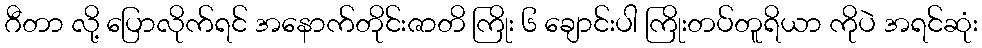
ဂီတာ လို့ ပြောလိုက်ရင် အနောက်တိုင်းဇာတိ ကြိုး ၆ ချောင်းပါ ကြိုးတပ်တူရိယာ ကိုပဲ အရင်ဆုံး